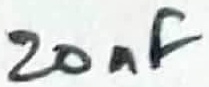
Text: 20nF